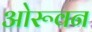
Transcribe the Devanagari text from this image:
ओरूवन